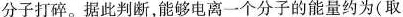
据此判断，能够电离一个分子的能量约为(取